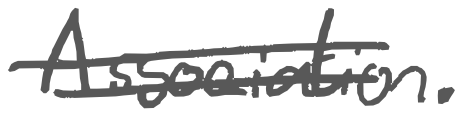
Text: Association.
Cross-out: double-line
Writing tool: digital_gray